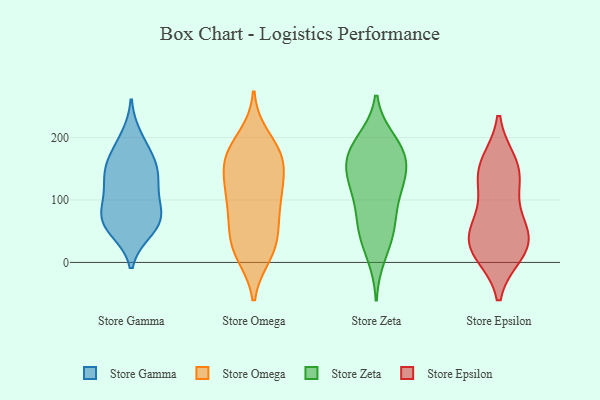
{"axis": {"x": "Revenue (USD Million)", "y": "Value"}, "legend": ["Store Epsilon", "Store Gamma", "Store Omega", "Store Zeta"], "data": [{"x": "", "y": 153, "type": "Store Gamma"}, {"x": "", "y": 200, "type": "Store Gamma"}, {"x": "", "y": 69, "type": "Store Gamma"}, {"x": "", "y": 66, "type": "Store Gamma"}, {"x": "", "y": 127, "type": "Store Gamma"}, {"x": "", "y": 151, "type": "Store Gamma"}, {"x": "", "y": 67, "type": "Store Gamma"}, {"x": "", "y": 126, "type": "Store Gamma"}, {"x": "", "y": 180, "type": "Store Gamma"}, {"x": "", "y": 58, "type": "Store Gamma"}, {"x": "", "y": 91, "type": "Store Gamma"}, {"x": "", "y": 153, "type": "Store Gamma"}, {"x": "", "y": 52, "type": "Store Gamma"}, {"x": "", "y": 99, "type": "Store Gamma"}, {"x": "", "y": 102, "type": "Store Omega"}, {"x": "", "y": 59, "type": "Store Omega"}, {"x": "", "y": 92, "type": "Store Omega"}, {"x": "", "y": 172, "type": "Store Omega"}, {"x": "", "y": 172, "type": "Store Omega"}, {"x": "", "y": 129, "type": "Store Omega"}, {"x": "", "y": 159, "type": "Store Omega"}, {"x": "", "y": 105, "type": "Store Omega"}, {"x": "", "y": 24, "type": "Store Omega"}, {"x": "", "y": 125, "type": "Store Omega"}, {"x": "", "y": 65, "type": "Store Omega"}, {"x": "", "y": 27, "type": "Store Omega"}, {"x": "", "y": 167, "type": "Store Omega"}, {"x": "", "y": 14, "type": "Store Omega"}, {"x": "", "y": 170, "type": "Store Omega"}, {"x": "", "y": 22, "type": "Store Omega"}, {"x": "", "y": 199, "type": "Store Omega"}, {"x": "", "y": 129, "type": "Store Zeta"}, {"x": "", "y": 58, "type": "Store Zeta"}, {"x": "", "y": 195, "type": "Store Zeta"}, {"x": "", "y": 144, "type": "Store Zeta"}, {"x": "", "y": 11, "type": "Store Zeta"}, {"x": "", "y": 51, "type": "Store Zeta"}, {"x": "", "y": 46, "type": "Store Zeta"}, {"x": "", "y": 186, "type": "Store Zeta"}, {"x": "", "y": 147, "type": "Store Zeta"}, {"x": "", "y": 183, "type": "Store Zeta"}, {"x": "", "y": 170, "type": "Store Zeta"}, {"x": "", "y": 108, "type": "Store Zeta"}, {"x": "", "y": 88, "type": "Store Zeta"}, {"x": "", "y": 127, "type": "Store Zeta"}, {"x": "", "y": 170, "type": "Store Zeta"}, {"x": "", "y": 16, "type": "Store Epsilon"}, {"x": "", "y": 145, "type": "Store Epsilon"}, {"x": "", "y": 25, "type": "Store Epsilon"}, {"x": "", "y": 60, "type": "Store Epsilon"}, {"x": "", "y": 35, "type": "Store Epsilon"}, {"x": "", "y": 115, "type": "Store Epsilon"}, {"x": "", "y": 158, "type": "Store Epsilon"}, {"x": "", "y": 148, "type": "Store Epsilon"}, {"x": "", "y": 55, "type": "Store Epsilon"}, {"x": "", "y": 23, "type": "Store Epsilon"}]}